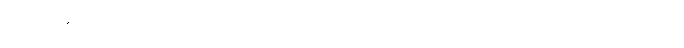
စားဖိုဆောင်သီးနှံများ ဖြဲပေးလိုက်တယ်ပါကင်ဖွင့်မှာမို့ ဒုံးပျံများဖြင့် ဖိတိုးလိုက်သည်